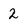
Character: 2